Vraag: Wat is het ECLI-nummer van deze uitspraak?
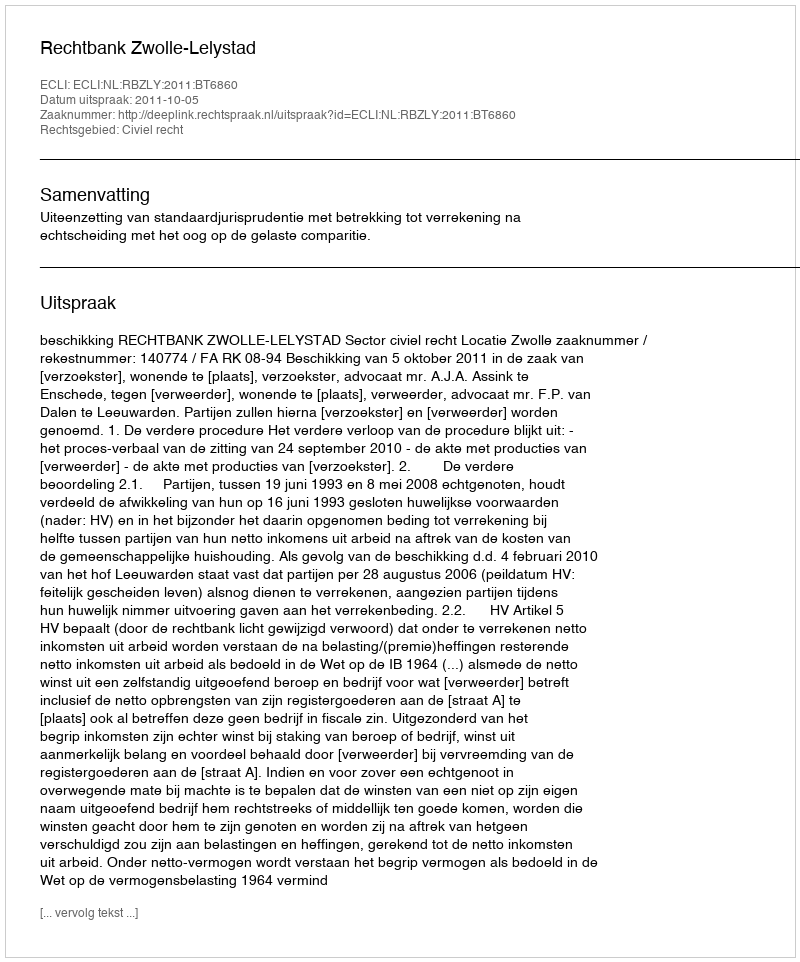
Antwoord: ECLI:NL:RBZLY:2011:BT6860